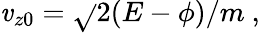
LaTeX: \mathit{v}_{z0}=\sqrt{}{{2(E-\phi)/m}}\ ,